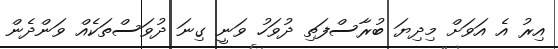
އިރު އެ އަވަށް މިދިޔަ ބުރާސްފަތި ދުވަހު ވަނީ ގިނަ ދުވަސްތަކެއް ވަންދެން